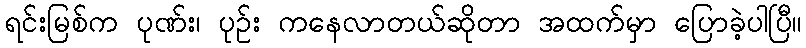
ရင်းမြစ်က ပုဏ်း၊ ပုဉ်း ကနေလာတယ်ဆိုတာ အထက်မှာ ပြောခဲ့ပါပြီ။